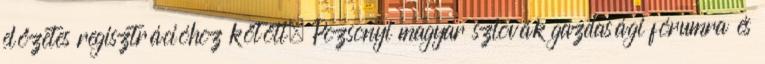
előzetes regisztrációhoz kötött. Pozsonyi magyar szlovák gazdasági fórumra és